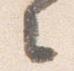
々